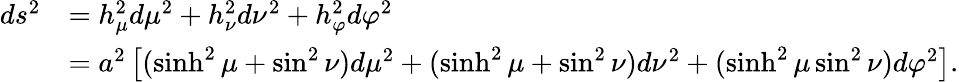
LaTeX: {\begin{array}{rl}{ds^{2}}&{=h_{\mu}^{2}d\mu^{2}+h_{\nu}^{2}d\nu^{2}+h_{\varphi}^{2}d\varphi^{2}}\\ &{=a^{2}\left[(\sinh^{2}\mu+\sin^{2}\nu)d\mu^{2}+(\sinh^{2}\mu+\sin^{2}\nu)d\nu^{2}+(\sinh^{2}\mu\sin^{2}\nu)d\varphi^{2}\right].}\end{array}}